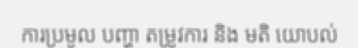
ការប្រមូល បញ្ហា តម្រូវការ និង មតិ យោបល់